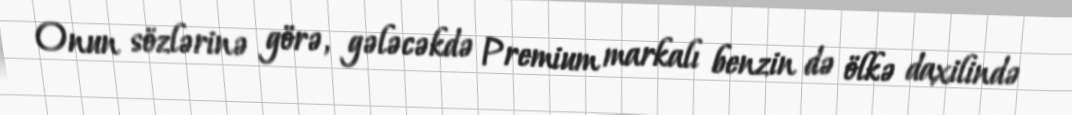
Onun sözlərinə görə, gələcəkdə Premium markalı benzin də ölkə daxilində